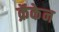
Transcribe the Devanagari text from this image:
क्रॅकेन